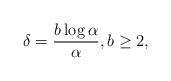
LaTeX: \begin{align*} \delta=\dfrac{b \log \alpha}{\alpha}, b\ge 2,\end{align*}